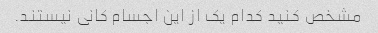
مشخص کنید کدام یک از این اجسام کانی نیستند.